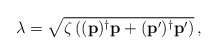
\begin{align*}\lambda =\sqrt{ \zeta \left( (\mathbf{p})^{\dagger}\mathbf{p} +(\mathbf{p}^{\prime})^{\dagger}\mathbf{p}^{\prime} \right) }\,,\end{align*}